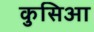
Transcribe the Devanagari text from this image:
कुसिआ